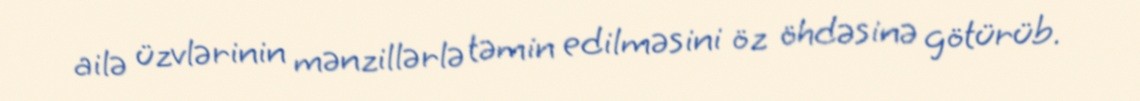
ailə üzvlərinin mənzillərlə təmin edilməsini öz öhdəsinə götürüb.